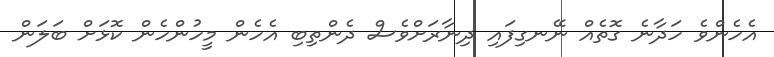
އެހެންވެ ހަދާނެ ގޮތެއް ނޭނގިފައި ދިނާރަށްވެސް ދެންތިބި އެހެން މީހުންހެން ކޮޅަށް ބަލަން